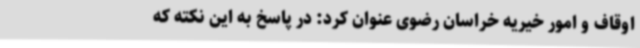
اوقاف و امور خیریه خراسان رضوی عنوان کرد: در پاسخ به این نکته که